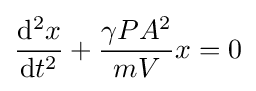
{\frac {\mathrm {d} ^{2}x}{\mathrm {d} t^{2}}}+{\frac {\gamma PA^{2}}{mV}}x=0